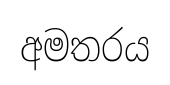
අමතරය